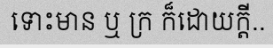
ទោះមាន ឬ ក្រ ក៏ដោយក្តី..